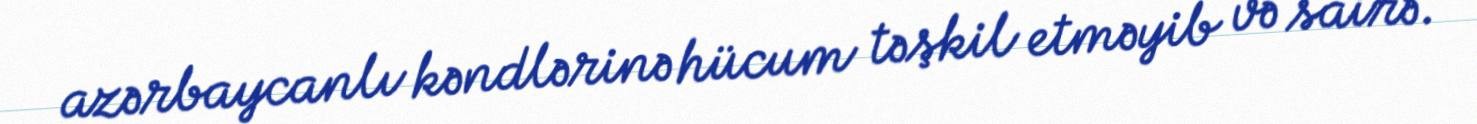
azərbaycanlı kəndlərinə hücum təşkil etməyib və sairə.